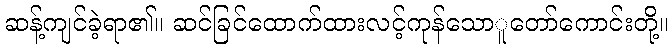
ဆန့်ကျင်ခဲ့ရာ၏။ ဆင်ခြင်ထောက်ထားလင့်ကုန်သောူတော်ကောင်းတို့။